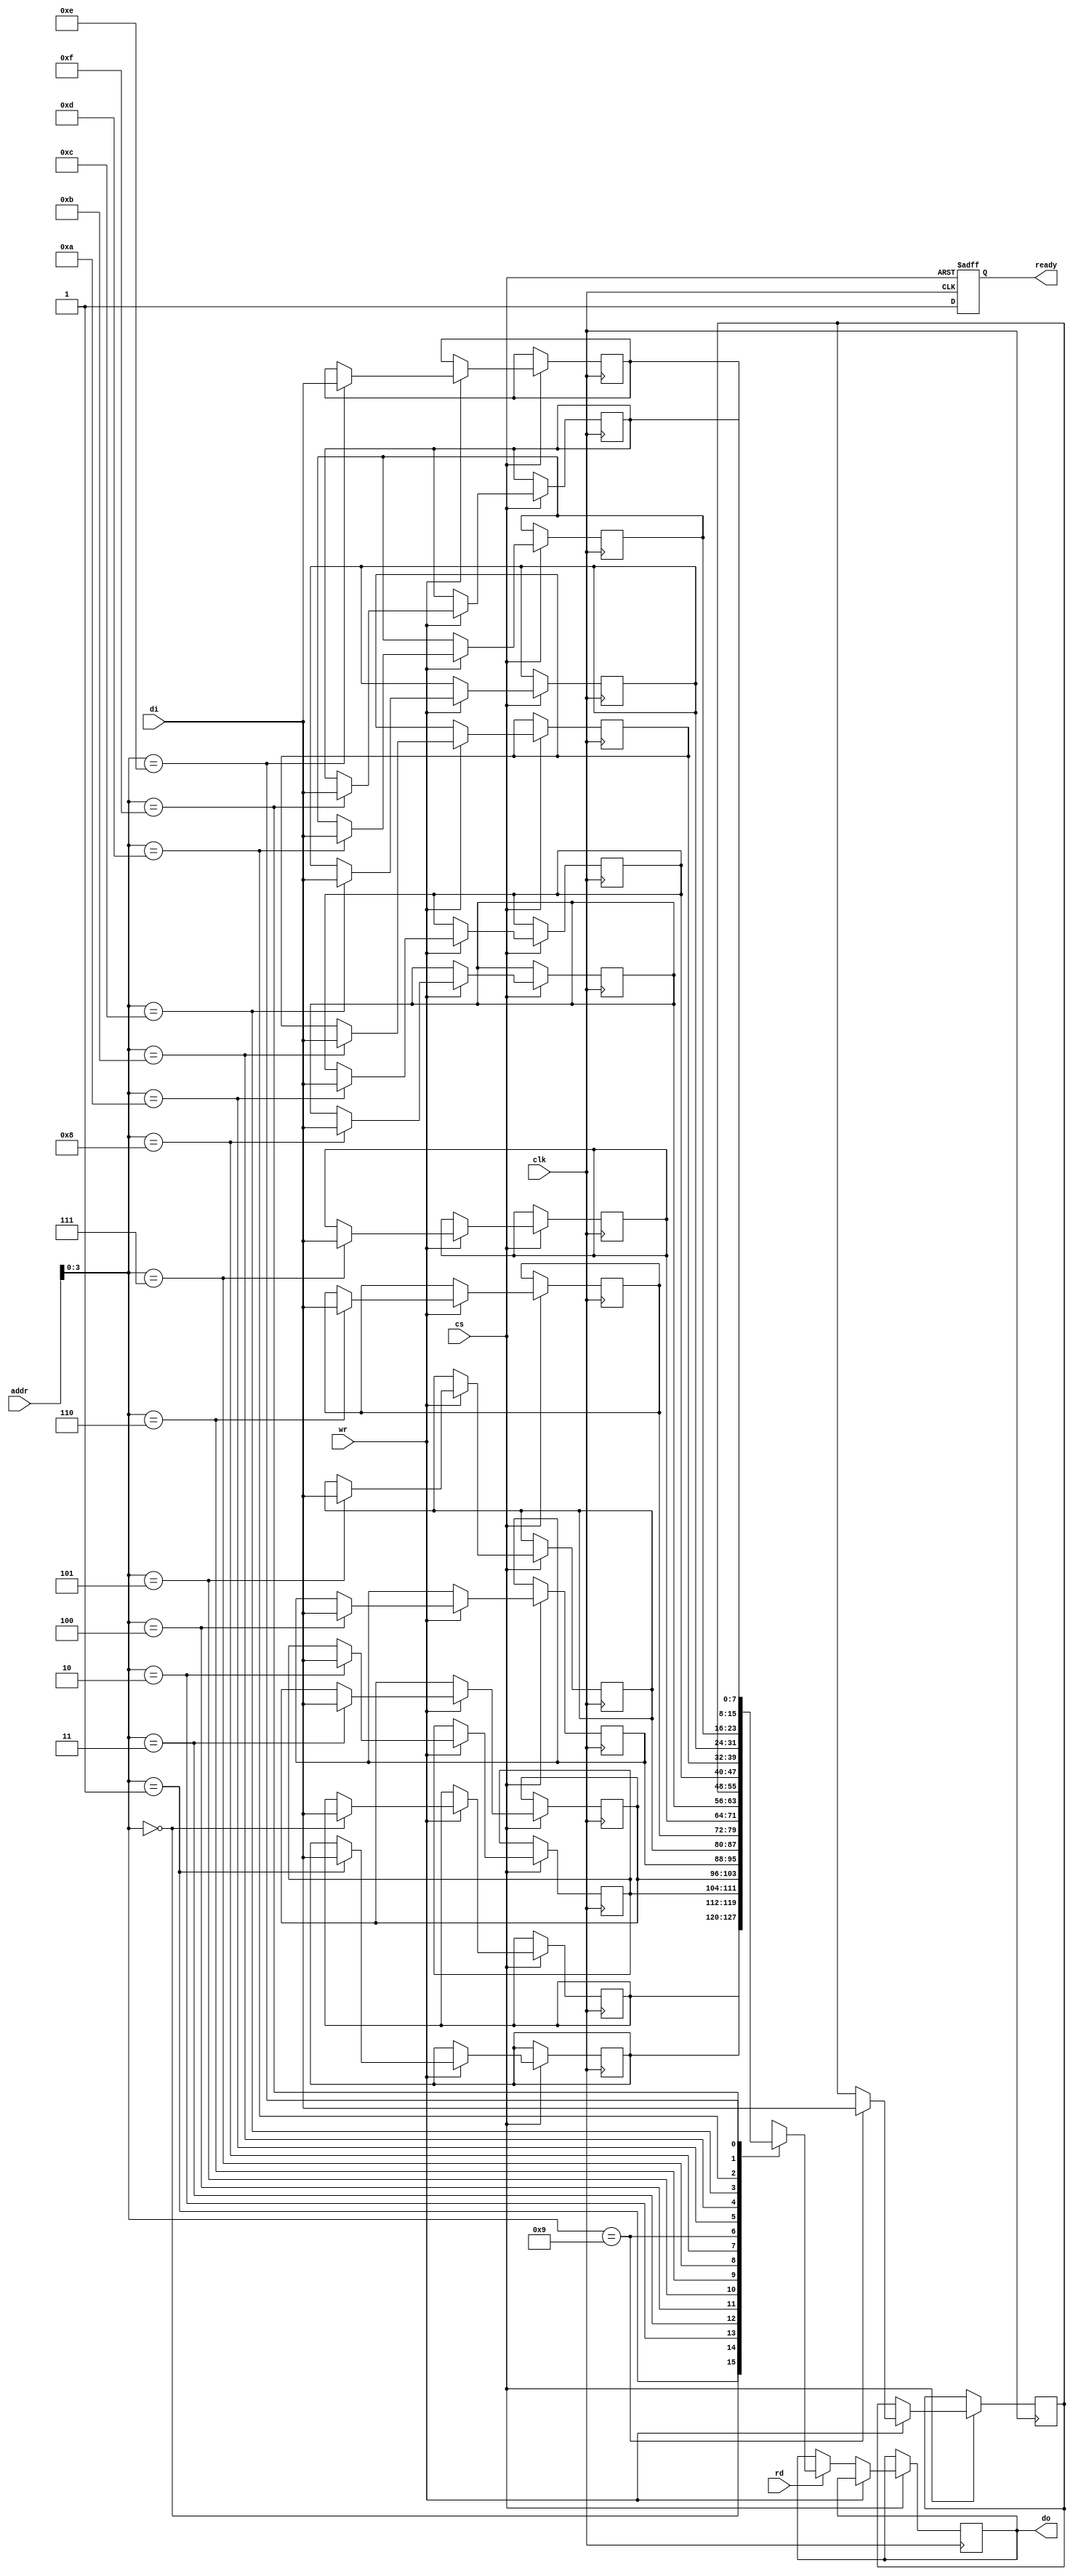
module NVSRAM (
    input wire clk,          // Clock signal
    input wire cs,          // Chip Select
    input wire rd,          // Read control
    input wire wr,          // Write control
    input wire [7:0] addr,  // Address input
    input wire [7:0] di,    // Data input
    output reg [7:0] do,    // Data output
    output reg ready        // Ready signal
);

    // Memory array (16x8 bits for this example)
    reg [7:0] memory [0:15];

    // Non-volatile storage simulation (for example purposes)
    reg non_volatile_flag; // Flag to indicate non-volatile operation

    // Control logic
    always @(posedge clk or negedge cs) begin
        if (!cs) begin
            ready <= 0; // Device not ready when chip is selected
        end else begin
            ready <= 1; // Device ready when chip is deselected
            if (wr) begin
                // Write operation
                memory[addr] <= di; // Write data to memory
                non_volatile_flag <= 1; // Mark as non-volatile
            end else if (rd) begin
                // Read operation
                do <= memory[addr]; // Read data from memory
            end
        end
    end

    // Non-volatile storage mechanism (simplified)
    always @(posedge clk) begin
        if (non_volatile_flag) begin
            // Here you would implement the logic to save data non-volatilely
            // This is a placeholder for actual non-volatile storage logic
            // e.g., saving to Flash/EEPROM
        end
    end

    // Data retention mechanism (placeholder)
    always @(posedge clk) begin
        if (cs) begin
            // Logic to ensure data integrity during power off
            // This might involve refreshing memory or other techniques
        end
    end

endmodule